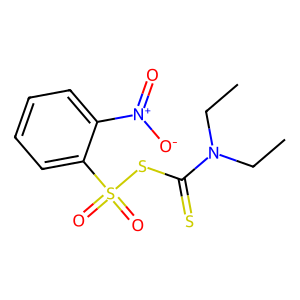
SMILES: CCN(CC)C(=S)SS(=O)(=O)c1ccccc1[N+](=O)[O-]
Inhibits HIV replication: No